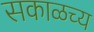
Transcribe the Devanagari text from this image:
सकाळच्य